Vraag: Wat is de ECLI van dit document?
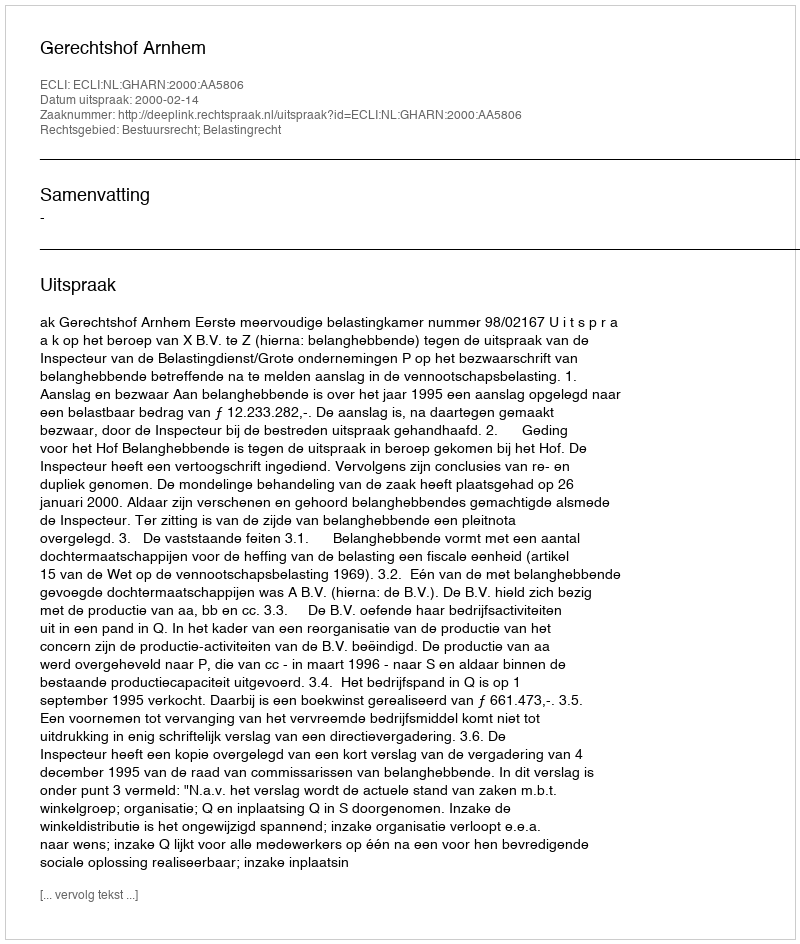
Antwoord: ECLI:NL:GHARN:2000:AA5806